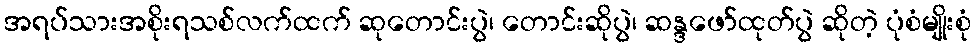
အရပ်သားအစိုးရသစ်လက်ထက် ဆုတောင်းပွဲ၊ တောင်းဆိုပွဲ၊ ဆန္ဒဖော်ထုတ်ပွဲ ဆိုတဲ့ ပုံစံမျိုးစုံ